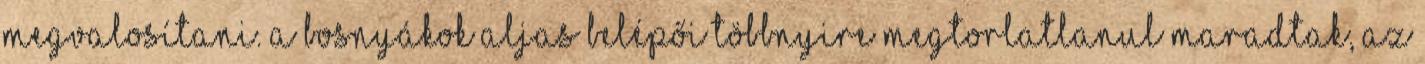
megvalosítani. A bosnyákok aljas belépői többnyire megtorlatlanul maradtak, az